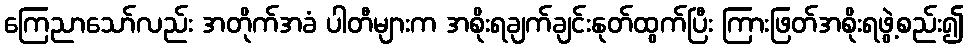
ကြေညာသော်လည်း အတိုက်အခံ ပါတီများက အစိုးရချက်ချင်းနုတ်ထွက်ပြီး ကြားဖြတ်အစိုးရဖွဲ့စည်း၍